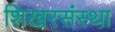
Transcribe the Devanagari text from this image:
शिखरसंस्था